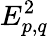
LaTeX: E_{p,q}^{2}